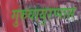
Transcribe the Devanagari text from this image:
गुरुवायुरप्पास